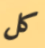
كل